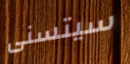
سيتسنى